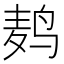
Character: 鿺